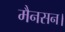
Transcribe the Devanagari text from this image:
मैनसन।